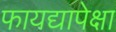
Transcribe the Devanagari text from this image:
फायद्यापेक्षा